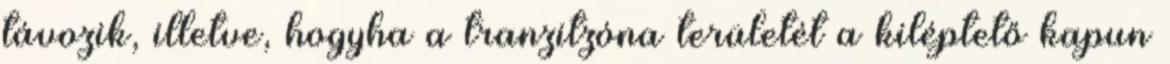
távozik, illetve, hogyha a tranzitzóna területét a kiléptető kapun